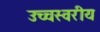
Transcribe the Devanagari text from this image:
उच्चस्वरीय